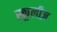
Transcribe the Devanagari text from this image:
स्कूलीज़